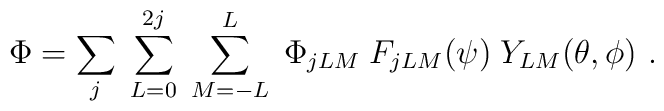
\Phi = \sum_j \; \sum_{L=0}^{2j}\; \sum_{ M=-L}^L \; \Phi_{jLM}\;  F_{jLM}(\psi)\; Y_{LM}(\theta,\phi)\ .